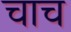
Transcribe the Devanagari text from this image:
चाच